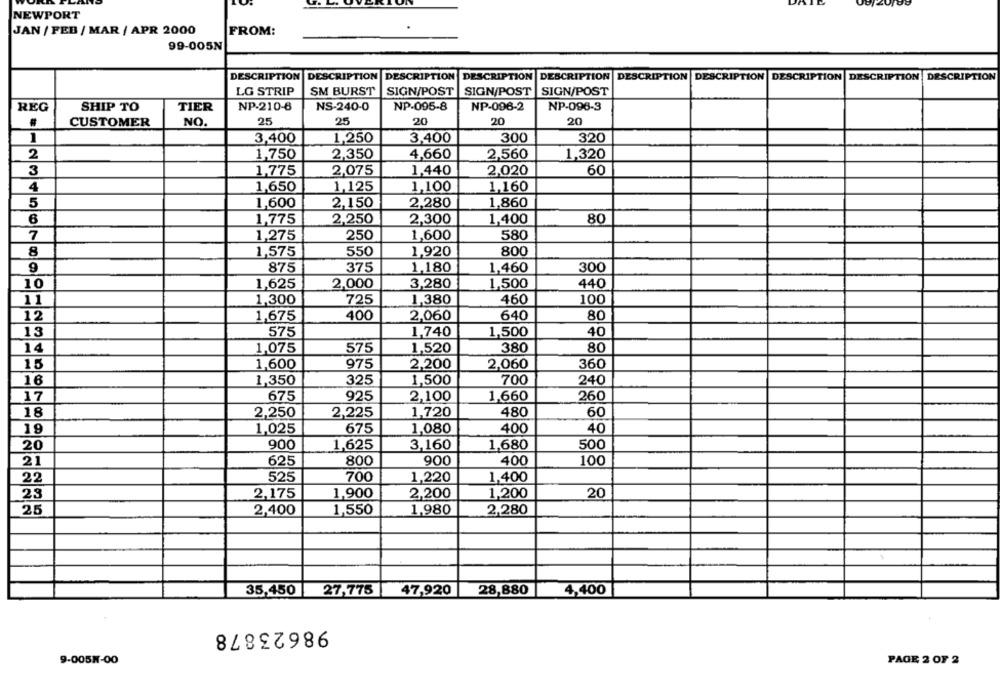
NEWPORT
JAN / FEB / MAR / APR 2000
FROM:
99-005N
DESCRIPTION DESCRIPTION DESCRIPTION
DESCRIPTION DESCRIPTION DESCRIPTION DESCRIPTION DESCRIPTION DESCRIPTION DESCRIPTION
LG STRIP
SM BURST
SIGN/POST
SIGN/POST
SIGN/POST
REG
SHIP TO
TIER
NP-210-8
NS-240-0
NP-095-8
NP-096-2
NP-096-3
#
CUSTOMER
NO.
25
25
20
20
20
1
3,400
1,250
3,400
300
320
2
1,750
2,350
4,660
2,560
1,320
3
1,775
2,075
1,440
2,020
60
4
1,650
1,125
1,100
1,160
5
1,600
2,150
2,280
1,860
1,775
2,250
2,300
1,400
80
7
1,275
250
1,600
580
8
1,575
550
1,920
800
9
875
375
1,180
1,460
300
10
1,625
2,000
3,280
1,500
440
11
1,300
725
1,380
460
100
12
1,675
400
2,060
640
80
13
1,740
1,500
40
575
14
1,075
575
1,520
380
80
15
1,600
975
2,200
2,060
360
16
1,350
325
1,500
700
240
17
675
925
2,100
1,660
260
18
2,250
2,225
1,720
480
60
19
1,025
675
1,080
400
40
20
900
1,625
3,160
1,680
500
21
625
800
900
400
100
525
700
1,220
1,400
22
23
2,175
1,900
2,200
1,200
20
25
2,400
1,550
1,980
2,280
35,450
27,775
47,920
28,880
4,400
98623878
9-005N-00
PAGE 2 OF 2